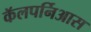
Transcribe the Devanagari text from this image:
कॅलपर्निआस